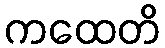
ကထေတိ